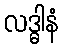
လဒ္ဓါနံ